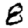
Digit: 8